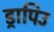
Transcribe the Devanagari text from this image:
ड्रापिउ